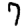
Digit: 7